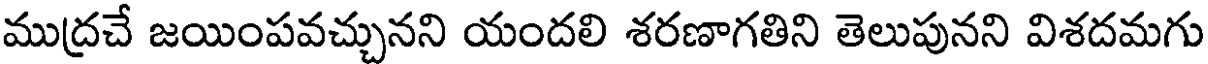
ముద్రచే జయింపవచ్చునని యందలి శరణాగతిని తెలుపునని విశదమగు